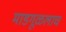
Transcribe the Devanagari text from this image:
माडगूळलाच